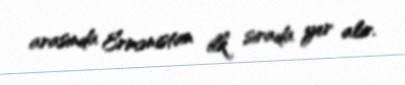
arasında Ermənistan ilk sırada yer alır.